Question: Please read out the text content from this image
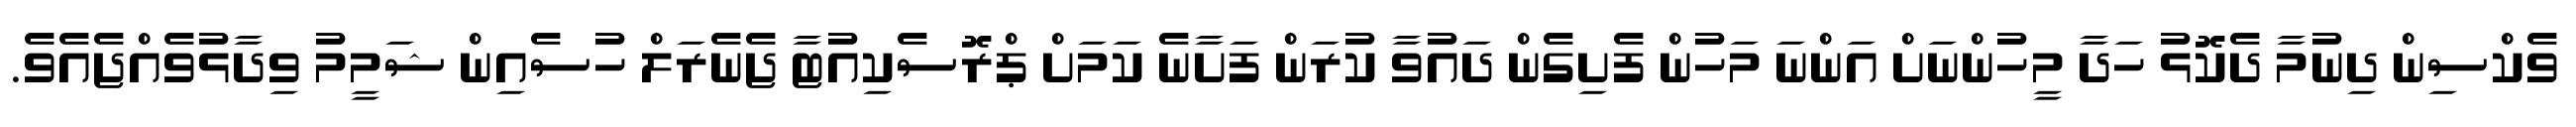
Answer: ވެކްސިން ދިނުމާ ދެކޮޅު ހަދާ މީހުންނަށް އަންނަ މަހުން ފެށިގެން ދައުވާ ކުރަން ފަށާނެ ކަމަށް ޕްރޮސެކިއުޓާ ޖެނެރަލް ހުސެއިން ޝަމީމު ވިދާޅުވެއްޖެއެވެ.